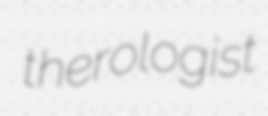
therologist